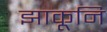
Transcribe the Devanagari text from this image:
झाकूनि